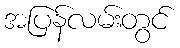
အပြန်လမ်းတွင်